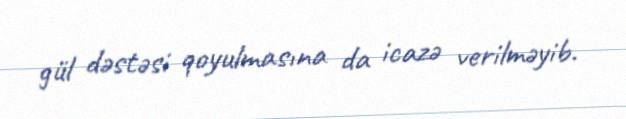
gül dəstəsi qoyulmasına da icazə verilməyib.